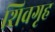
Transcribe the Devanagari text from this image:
शिवगृह